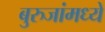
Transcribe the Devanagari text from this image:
बुरुजांमध्ये